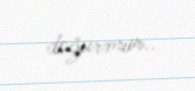
doğurmur..